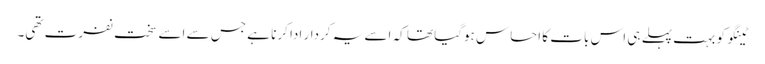
ٹینگو کو بہت پہلے ہی اس بات کا احساس ہوگیا تھا کہ اسے یہ کردار ادا کرنا ہے جس سے اسے سخت نفرت تھی۔